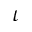
\iota